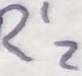
Text: R'Z